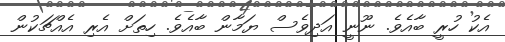
އެކު ހުރީ ބާއެވެ. ނޫނީ އަދިވެސް ޔަމާން ބާއެވެ. ހިތަށް އެރި އެއްޗަކުން